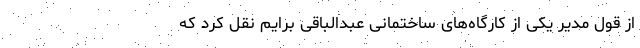
از قول مدیر یکی از کارگاه‌های ساختمانی عبدالباقی برایم نقل کرد که